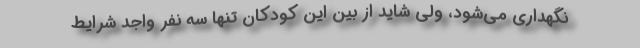
نگهداری می‌شود، ولی شاید از بین این کودکان تنها سه نفر واجد شرایط